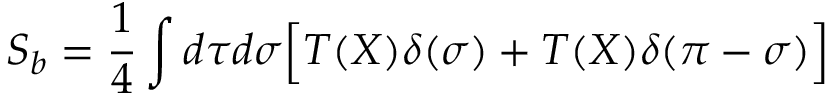
S _ { b } = \frac { 1 } { 4 } \int d \tau d \sigma \Bigl [ T ( X ) \delta ( \sigma ) + T ( X ) \delta ( \pi - \sigma ) \Bigr ] \quad